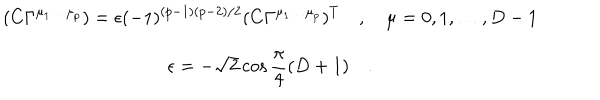
\begin{array} { c } { { \displaystyle ( C \Gamma ^ { \mu _ { 1 } \dots \mu _ { p } } ) = \epsilon ( - 1 ) ^ { ( p - 1 ) ( p - 2 ) / 2 } ( C \Gamma ^ { \mu _ { 1 } \dots \mu _ { p } } ) ^ { T } \quad , \quad \mu = 0 , 1 , \dots , D - 1 } } \\ { { \displaystyle \epsilon = - \sqrt { 2 } \cos { \frac { \pi } { 4 } } ( D + 1 ) \quad . } } \\ \end{array}